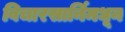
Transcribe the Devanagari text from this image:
विचारसार्निमधून